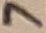
Text: 7